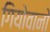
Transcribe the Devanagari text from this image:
गियोवानो